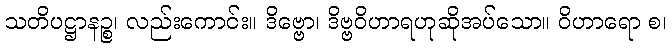
သတိပဋ္ဌာနဉ္စ၊ လည်းကောင်း။ ဒိဗ္ဗော၊ ဒိဗ္ဗဝိဟာရဟုဆိုအပ်သော။ ဝိဟာရော စ၊